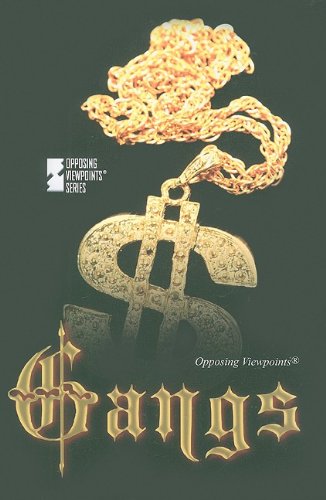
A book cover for Gangs (Opposing Viewpoints); Adela Soliz; Teen & Young Adult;